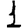
Digit: 1